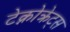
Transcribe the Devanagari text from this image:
टेक्नोक्रेट्स